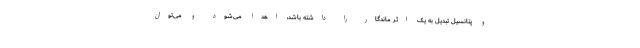
و پتانسیل تبدیل به یک اثر ماندگار را داشته باشد، اهدا می‌شود و می‌توان